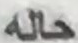
حله